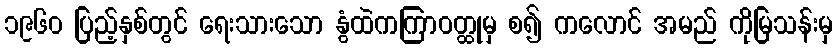
၁၉၆၀ ပြည့်နှစ်တွင် ရေးသားသော နွံထဲကကြာဝတ္ထုမှ စ၍ ကလောင် အမည် ကိုမြသန်းမှ